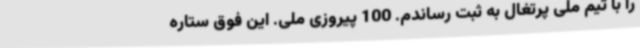
را با تیم ملی پرتغال به ثبت رساندم. 100 پیروزی ملی. این فوق ستاره